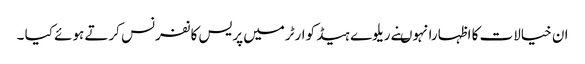
ان خیالات کا اظہارانہوںنے ریلوے ہیڈ کوارٹرمیں پریس کانفرنس کرتے ہوئے کیا ۔